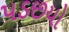
પડછયો